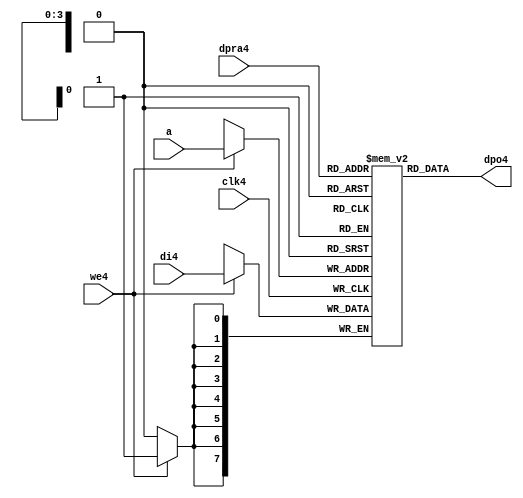
//////////////////////////////////////////////////////////////////////
////                                                              ////
////  raminfr4.v                                                   ////
////                                                              ////
////                                                              ////
////  This4 file is part of the "UART4 16550 compatible4" project4    ////
////  http4://www4.opencores4.org4/cores4/uart165504/                   ////
////                                                              ////
////  Documentation4 related4 to this project4:                      ////
////  - http4://www4.opencores4.org4/cores4/uart165504/                 ////
////                                                              ////
////  Projects4 compatibility4:                                     ////
////  - WISHBONE4                                                  ////
////  RS2324 Protocol4                                              ////
////  16550D uart4 (mostly4 supported)                              ////
////                                                              ////
////  Overview4 (main4 Features4):                                   ////
////  Inferrable4 Distributed4 RAM4 for FIFOs4                        ////
////                                                              ////
////  Known4 problems4 (limits4):                                    ////
////  None4                .                                       ////
////                                                              ////
////  To4 Do4:                                                      ////
////  Nothing so far4.                                             ////
////                                                              ////
////  Author4(s):                                                  ////
////      - gorban4@opencores4.org4                                  ////
////      - Jacob4 Gorban4                                          ////
////                                                              ////
////  Created4:        2002/07/22                                  ////
////  Last4 Updated4:   2002/07/22                                  ////
////                  (See log4 for the revision4 history4)          ////
////                                                              ////
////                                                              ////
//////////////////////////////////////////////////////////////////////
////                                                              ////
//// Copyright4 (C) 2000, 2001 Authors4                             ////
////                                                              ////
//// This4 source4 file may be used and distributed4 without         ////
//// restriction4 provided that this copyright4 statement4 is not    ////
//// removed from the file and that any derivative4 work4 contains4  ////
//// the original copyright4 notice4 and the associated disclaimer4. ////
////                                                              ////
//// This4 source4 file is free software4; you can redistribute4 it   ////
//// and/or modify it under the terms4 of the GNU4 Lesser4 General4   ////
//// Public4 License4 as published4 by the Free4 Software4 Foundation4; ////
//// either4 version4 2.1 of the License4, or (at your4 option) any   ////
//// later4 version4.                                               ////
////                                                              ////
//// This4 source4 is distributed4 in the hope4 that it will be       ////
//// useful4, but WITHOUT4 ANY4 WARRANTY4; without even4 the implied4   ////
//// warranty4 of MERCHANTABILITY4 or FITNESS4 FOR4 A PARTICULAR4      ////
//// PURPOSE4.  See the GNU4 Lesser4 General4 Public4 License4 for more ////
//// details4.                                                     ////
////                                                              ////
//// You should have received4 a copy of the GNU4 Lesser4 General4    ////
//// Public4 License4 along4 with this source4; if not, download4 it   ////
//// from http4://www4.opencores4.org4/lgpl4.shtml4                     ////
////                                                              ////
//////////////////////////////////////////////////////////////////////
//
// CVS4 Revision4 History4
//
// $Log: not supported by cvs2svn4 $
// Revision4 1.1  2002/07/22 23:02:23  gorban4
// Bug4 Fixes4:
//  * Possible4 loss of sync and bad4 reception4 of stop bit on slow4 baud4 rates4 fixed4.
//   Problem4 reported4 by Kenny4.Tung4.
//  * Bad (or lack4 of ) loopback4 handling4 fixed4. Reported4 by Cherry4 Withers4.
//
// Improvements4:
//  * Made4 FIFO's as general4 inferrable4 memory where possible4.
//  So4 on FPGA4 they should be inferred4 as RAM4 (Distributed4 RAM4 on Xilinx4).
//  This4 saves4 about4 1/3 of the Slice4 count and reduces4 P&R and synthesis4 times.
//
//  * Added4 optional4 baudrate4 output (baud_o4).
//  This4 is identical4 to BAUDOUT4* signal4 on 16550 chip4.
//  It outputs4 16xbit_clock_rate - the divided4 clock4.
//  It's disabled by default. Define4 UART_HAS_BAUDRATE_OUTPUT4 to use.
//

//Following4 is the Verilog4 code4 for a dual4-port RAM4 with asynchronous4 read. 
module raminfr4   
        (clk4, we4, a, dpra4, di4, dpo4); 

parameter addr_width4 = 4;
parameter data_width4 = 8;
parameter depth = 16;

input clk4;   
input we4;   
input  [addr_width4-1:0] a;   
input  [addr_width4-1:0] dpra4;   
input  [data_width4-1:0] di4;   
//output [data_width4-1:0] spo4;   
output [data_width4-1:0] dpo4;   
reg    [data_width4-1:0] ram4 [depth-1:0]; 

wire [data_width4-1:0] dpo4;
wire  [data_width4-1:0] di4;   
wire  [addr_width4-1:0] a;   
wire  [addr_width4-1:0] dpra4;   
 
  always @(posedge clk4) begin   
    if (we4)   
      ram4[a] <= di4;   
  end   
//  assign spo4 = ram4[a];   
  assign dpo4 = ram4[dpra4];   
endmodule